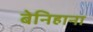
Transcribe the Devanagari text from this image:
बेनिहाना